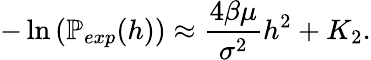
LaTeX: -\ln{\left(\mathbb{P}_{exp}(h)\right)}\approx\frac{4\beta\mu}{\sigma^{2}}h^{2}+K_{2}.